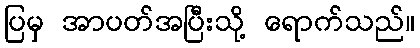
ပြမှ အာပတ်အပြီးသို့ ရောက်သည်။